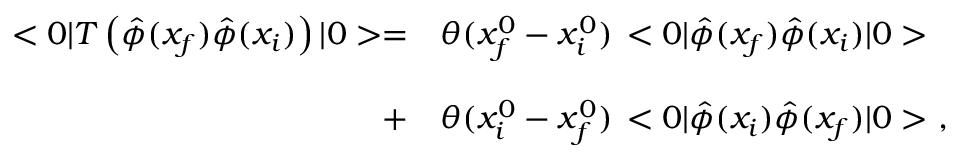
\begin{array} { r l } { { < 0 | T \left( \hat { \phi } ( x _ { f } ) \hat { \phi } ( x _ { i } ) \right) | 0 > = } } & { { \theta ( x _ { f } ^ { 0 } - x _ { i } ^ { 0 } ) \, < 0 | \hat { \phi } ( x _ { f } ) \hat { \phi } ( x _ { i } ) | 0 > } } \\ { { } } & { { } } \\ { { + } } & { { \theta ( x _ { i } ^ { 0 } - x _ { f } ^ { 0 } ) \, < 0 | \hat { \phi } ( x _ { i } ) \hat { \phi } ( x _ { f } ) | 0 > \ , } } \end{array}